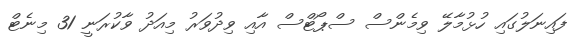
ފައިނަލުގައި ހުޅުމާލޭ ވިމެންސް ސްޕޯޓްސް އާއި ވިދުވަރު މިއަދު ވާކުރަނީ 31 މިނެޓް